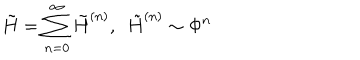
\tilde { H } = \sum _ { n = 0 } ^ { \infty } \tilde { H } ^ { ( n ) } , ~ ~ \tilde { H } ^ { ( n ) } \sim \Phi ^ { n }